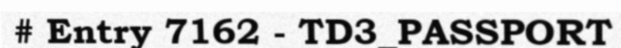
# Entry 7162 - TD3_PASSPORT